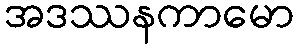
အဒဿနကာမော